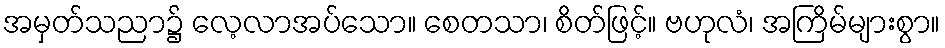
အမှတ်သညာ၌ လေ့လာအပ်သော။ စေတသာ၊ စိတ်ဖြင့်။ ဗဟုလံ၊ အကြိမ်များစွာ။